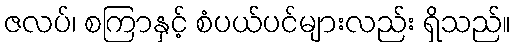
ဇလပ်၊ စကြာနှင့် စံပယ်ပင်များလည်း ရှိသည်။